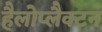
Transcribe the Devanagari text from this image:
हैलोप्लैक्टन